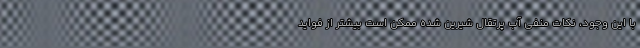
با این وجود، نکات منفی آب پرتقال شیرین شده ممکن است بیشتر از فواید